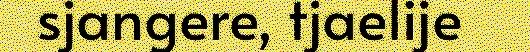
sjangere, tjaelije